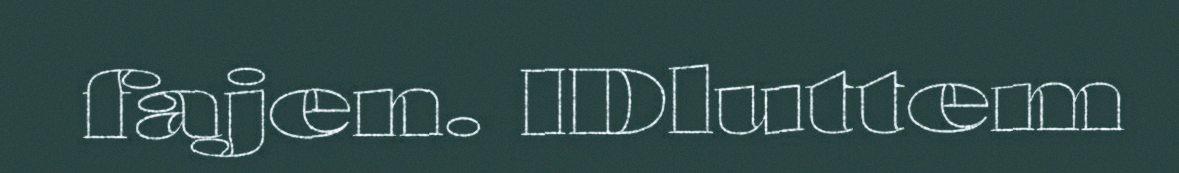
fajen. IDluttem